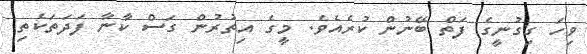
ވިހަ ގިގުނީގެ ފަތް ބޭނުން ކުރެއެވެ. މީގެ އިތުރުން ގަސް ކާނާ ފަދަތަކެތި